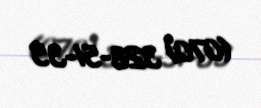
(070) 328-51-35